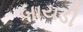
બાયડી